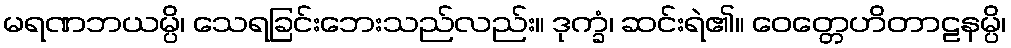
မရဏဘယမ္ပိ၊ သေရခြင်းဘေးသည်လည်း။ ဒုက္ခံ၊ ဆင်းရဲ၏။ ဝေတ္တေဟိတာဠနမ္ပိ၊